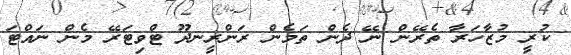
ކުރީ މުޒާހަރާ ތެރޭން ނޭ ދެން ތަމެން ރަންރީނދޫ ޓްވިޓަރޭ މެން ނައްޓަ